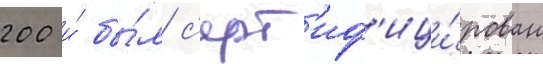
200 и́ бы́л с'ерт'иф'ици́рован